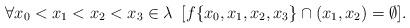
LaTeX: \begin{align*}\forall x_{0}<x_{1}<x_{2}<x_{3}\in \lambda\,\,\,[f\{x_{0},x_{1},x_{2},x_{3}\}\cap(x_{1},x_{2})=\emptyset].\end{align*}